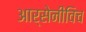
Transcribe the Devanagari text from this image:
आर्सेनीविच